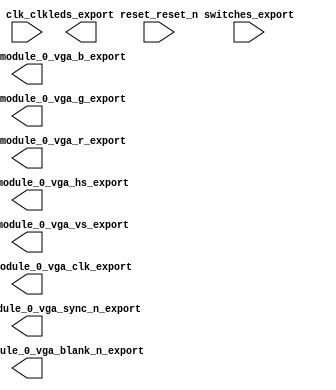

module nios_system (
	clk_clk,
	leds_export,
	line_drawer_module_0_vga_b_export,
	line_drawer_module_0_vga_blank_n_export,
	line_drawer_module_0_vga_clk_export,
	line_drawer_module_0_vga_g_export,
	line_drawer_module_0_vga_hs_export,
	line_drawer_module_0_vga_r_export,
	line_drawer_module_0_vga_sync_n_export,
	reset_reset_n,
	switches_export,
	line_drawer_module_0_vga_vs_export);	

	input		clk_clk;
	output	[7:0]	leds_export;
	output	[7:0]	line_drawer_module_0_vga_b_export;
	output		line_drawer_module_0_vga_blank_n_export;
	output		line_drawer_module_0_vga_clk_export;
	output	[7:0]	line_drawer_module_0_vga_g_export;
	output		line_drawer_module_0_vga_hs_export;
	output	[7:0]	line_drawer_module_0_vga_r_export;
	output		line_drawer_module_0_vga_sync_n_export;
	input		reset_reset_n;
	input	[7:0]	switches_export;
	output		line_drawer_module_0_vga_vs_export;
endmodule